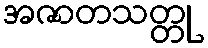
အဇာတသတ္တု